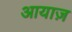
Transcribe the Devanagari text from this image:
आयाज़